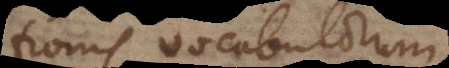
tionis vocabulorum.